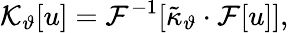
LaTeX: \mathcal{K}_{\vartheta}[u]=\mathcal{F}^{-1}[\tilde{\kappa}_{\vartheta}\cdot\mathcal{F}[u]],